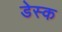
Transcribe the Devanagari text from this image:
डेस्‍क